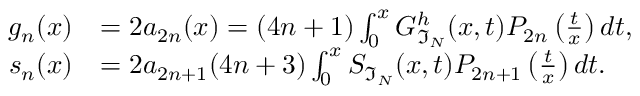
\begin{array} { r l } { g _ { n } ( x ) } & { = 2 a _ { 2 n } ( x ) = ( 4 n + 1 ) \int _ { 0 } ^ { x } G _ { \mathfrak { I } _ { N } } ^ { h } ( x , t ) P _ { 2 n } \left( \frac { t } { x } \right) d t , } \\ { s _ { n } ( x ) } & { = 2 a _ { 2 n + 1 } ( 4 n + 3 ) \int _ { 0 } ^ { x } S _ { \mathfrak { I } _ { N } } ( x , t ) P _ { 2 n + 1 } \left( \frac { t } { x } \right) d t . } \end{array}